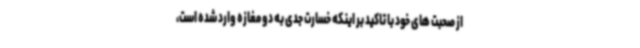
از صحبت های خود با تاکید بر اینکه خسارت جدی به دو مغازه وارد شده است،